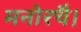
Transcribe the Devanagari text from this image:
मनोरथै।